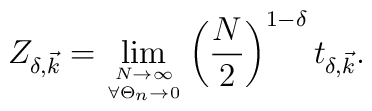
Z_{\delta, \vec{k}} = \lim_{{N \to \infty} \atop {\forall \Theta_n \rightarrow0}} \left( \frac{N}{2} \right)^{1- \delta} t_{\delta, \vec{k}}.